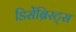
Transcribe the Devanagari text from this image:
डिसेंब्रिस्ट्स